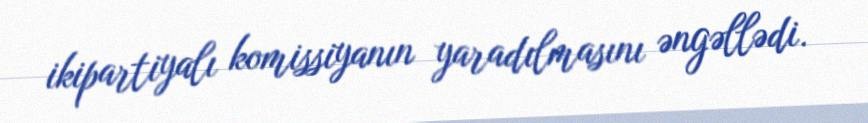
ikipartiyalı komissiyanın yaradılmasını əngəllədi.